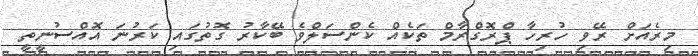
މިރެއަށް ރޭވި ހުރިހާ ޕްރޮގްރާމް ތަކެއް ކެންސަލްވެ ބޭކާރު ގޮތުގައި ކަރުނަ އޮއްސުނީތީ